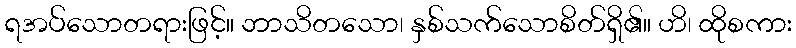
ရအပ်သောတရားဖြင့်။ ဘာသိတသော၊ နှစ်သက်သောစိတ်ရှိ၏။ ဟိ၊ ထိုစကား